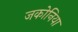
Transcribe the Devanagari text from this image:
जकोनिया